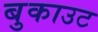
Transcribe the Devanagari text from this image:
बुकाउट